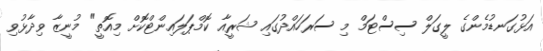
އަޅުގަނޑުމެންގެ ލީގަލް ސިސްޓަމް މި ސަރަހައްދުގައި ޝަރީއާ ކޮމްޕަލައިންޓްކޮށް މިއޮތީ" މުނީޒާ ވިދާޅުވި